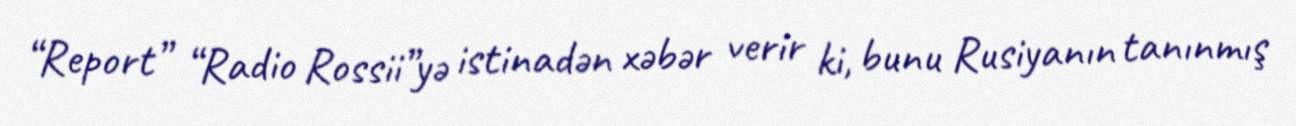
“Report” “Radio Rossii”yə istinadən xəbər verir ki, bunu Rusiyanın tanınmış